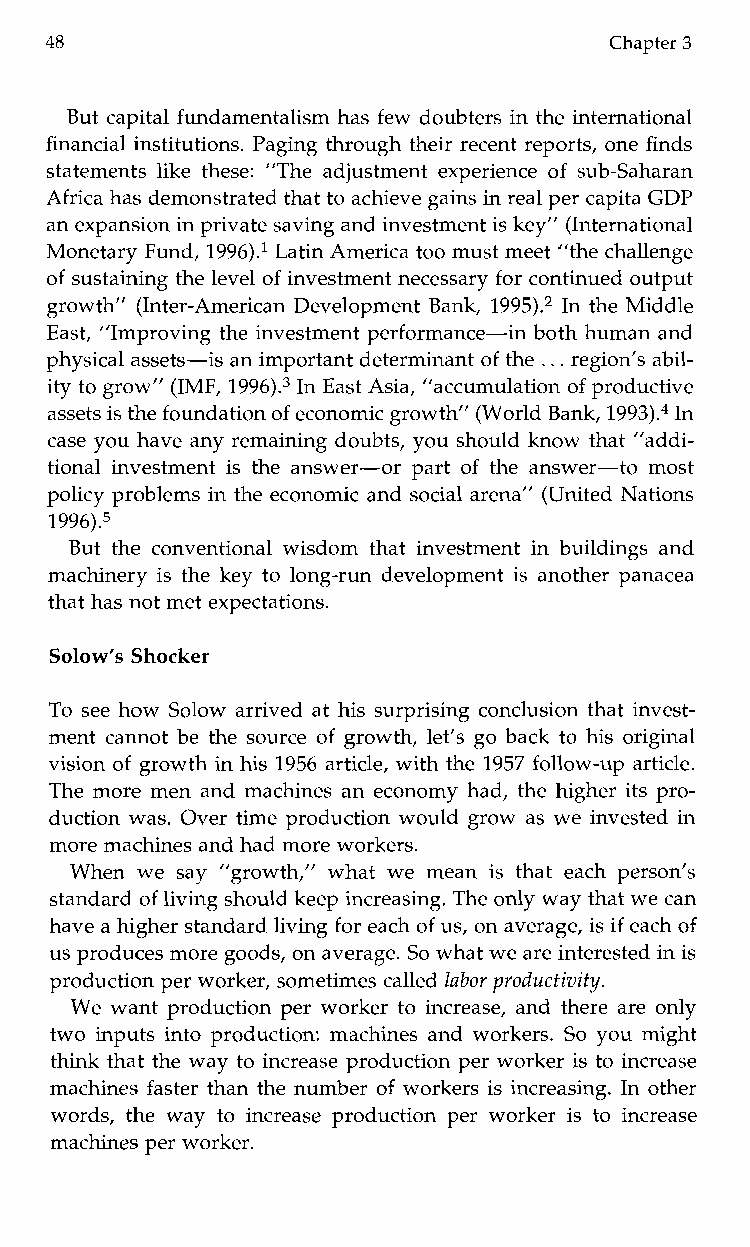
48                                   Chapter 3
 But capital fundamentalism has few doubters in the international
 financial institutions. Paging through their recent reports, one finds
 statements like these: ”The adjustment experience of sub-Saharan
 Africa has demonstrated thatt o achieve gains in real per capita GDP
 an expansion in private saving andi nvestment is key” (International
 Monetary Fund, 1996).l Latin America too must meet ”the challenge
 of sustaining the level of investment necessary for continued output
 growth” (Inter-American Development Bank, 1995).2 In the Middle
 East, ”Improving the investment performance-in both human and
 physical assets-is an important determinanto f the .. . r egion’s abil-
 ity to grow” (IMF, 1996).3 In East Asia,” accumulation of productive
 assets is the foundation of economic growth” (WorldB ank, 1993).4I n
 case you have any remaining doubts, you should know that ”addi-
 tional investment is the answer-or part of the answer-to most
 policy problems in the economic and social arena” (United Nations
 1996).5
 But the conventional wisdom that investment in buildings and
 machinery is the key to long-run development is another panacea
 that has not met expectations.
 Solow‘s Shocker
 To see how Solow arrived at his surprising conclusion that invest-
 ment cannot be the source of growth, let’s go back to his original
 vision of growth in his 1956 article, with the 1957 follow-up article.
 The more men and machines an economy had, the higher its pro-
 duction was. Over time production would grow as we invested in
 more machines and had more workers.
 When we say “growth,” what wem ean is that each person’s
 standard of living should keep increasing. The only way that wec an
 have a higher standard living for each of us, on average, is if each of
 us produces more goods, on average. So what we arei nterested in is
 production per worker, sometimes called labor productivity.
 We want production per worker to increase, and there are only
 two inputs into production: machines and workers. So you might
 think that the way to increase production per worker is to increase
 machines faster than the number of workers is increasing. In other
 words, the way to increase production per worker is to increase
 machines per worker.